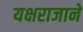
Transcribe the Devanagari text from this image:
यक्षराजाने